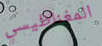
المغناطيسي